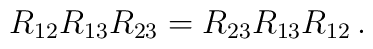
R_{12}R_{13}R_{23}=R_{23}R_{13}R_{12}\,.